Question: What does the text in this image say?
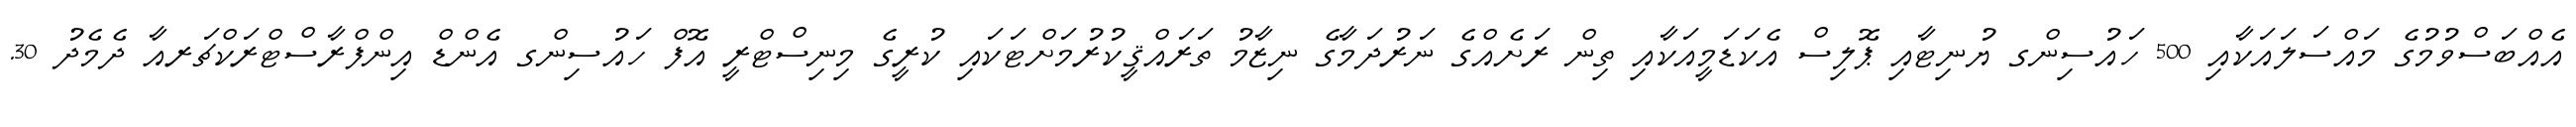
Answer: އެއްބަސްވުމުގެ މައްސަލައަކާއި 500 ހައުސިންގ ޔުނިޓާއި ޕޮލިސް އެކަޑަމީއަކާއި ތިން ރަށެއްގެ ނަރުދަމާގެ ނިޒާމު ތަރައްޤީކުރުމަށްޓަކައި ކުރީގެ މިނިސްޓްރީ އޮފް ހައުސިންގ އެންޑް އިންފްރާސްޓްރަކްޗަރއާ ދެމެދު 30.